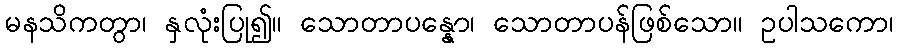
မနသိကတွာ၊ နှလုံးပြု၍။ သောတာပန္နော၊ သောတာပန်ဖြစ်သော။ ဥပါသကော၊